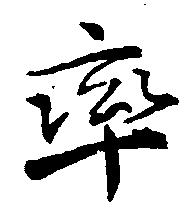
率